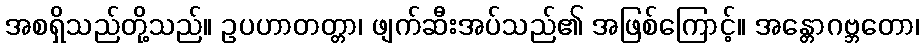
အစရှိသည်တို့သည်။ ဥပဟာတတ္တာ၊ ဖျက်ဆီးအပ်သည်၏ အဖြစ်ကြောင့်။ အန္တောဂဗ္ဘတော၊